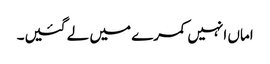
اماں انہیں کمرے میں لے گئیں۔